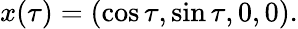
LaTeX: x(\tau)=(\cos\tau,\sin\tau,0,0).